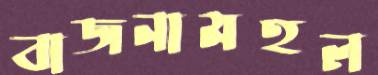
বাজনামহল